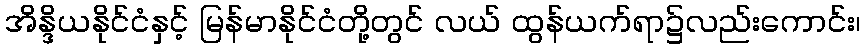
အိန္ဒိယနိုင်ငံနှင့် မြန်မာနိုင်ငံတို့တွင် လယ် ထွန်ယက်ရာ၌လည်းကောင်း၊